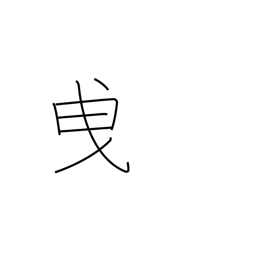
Meaning: tow